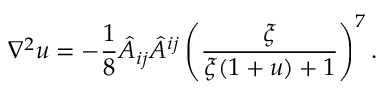
\nabla ^ { 2 } u = - \frac { 1 } { 8 } \hat { A } _ { i j } \hat { A } ^ { i j } \left( \frac { \xi } { \xi ( 1 + u ) + 1 } \right) ^ { 7 } .